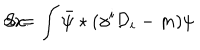
LaTeX: S = \int \bar { \psi } \star ( \gamma ^ { i } { \cal { D } } _ { i } - m ) \psi \hspace { 2 m m } \textrm { d } x .